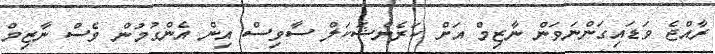
ރާއްޖެ ވަޑައިގަންނަވަން ނާޒިމް އަށް ކަރެންޝަކަލް ސާވިސް އިން އެންގުމުން ވެސް ނާޒިމް